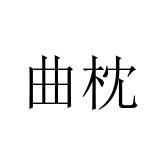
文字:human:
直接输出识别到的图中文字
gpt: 曲枕